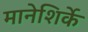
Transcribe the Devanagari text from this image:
मानेशिर्के